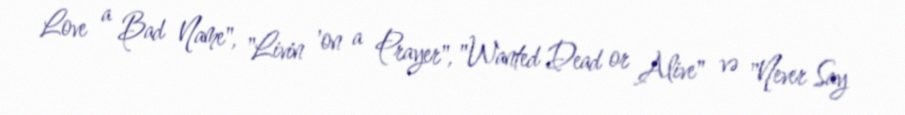
Love a Bad Name", "Livin 'on a Prayer", "Wanted Dead or Alive" və "Never Say